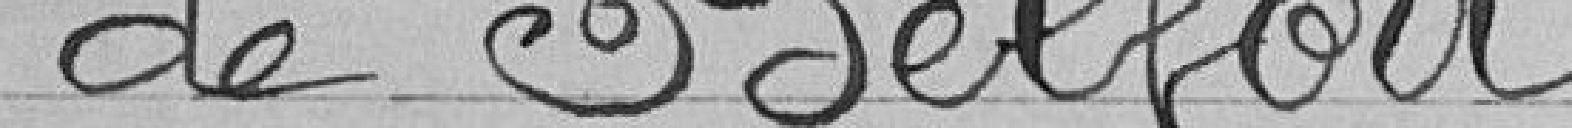
de Belfort